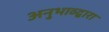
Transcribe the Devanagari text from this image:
अनुभाव्द्वारा